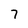
Character: 7